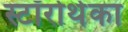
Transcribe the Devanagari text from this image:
स्टॉरोथेका